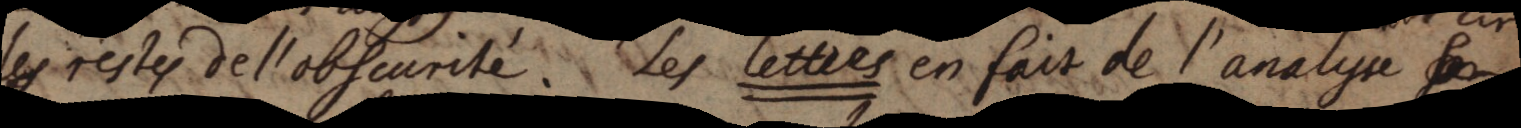
les restes de l’obscurité. Les lettres en fait de l’analyse